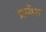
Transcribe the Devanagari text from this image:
प्राजेस